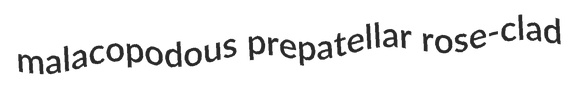
malacopodous prepatellar rose-clad